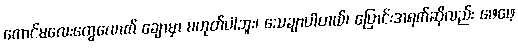
ကောင်မလေးတွေလောက် ချောမှာ မဟုတ်ပါဘူး၊ သေချာပါတယ်၊ ပြောင်းအရက်ဆိုလည်း ဖေဖေ့